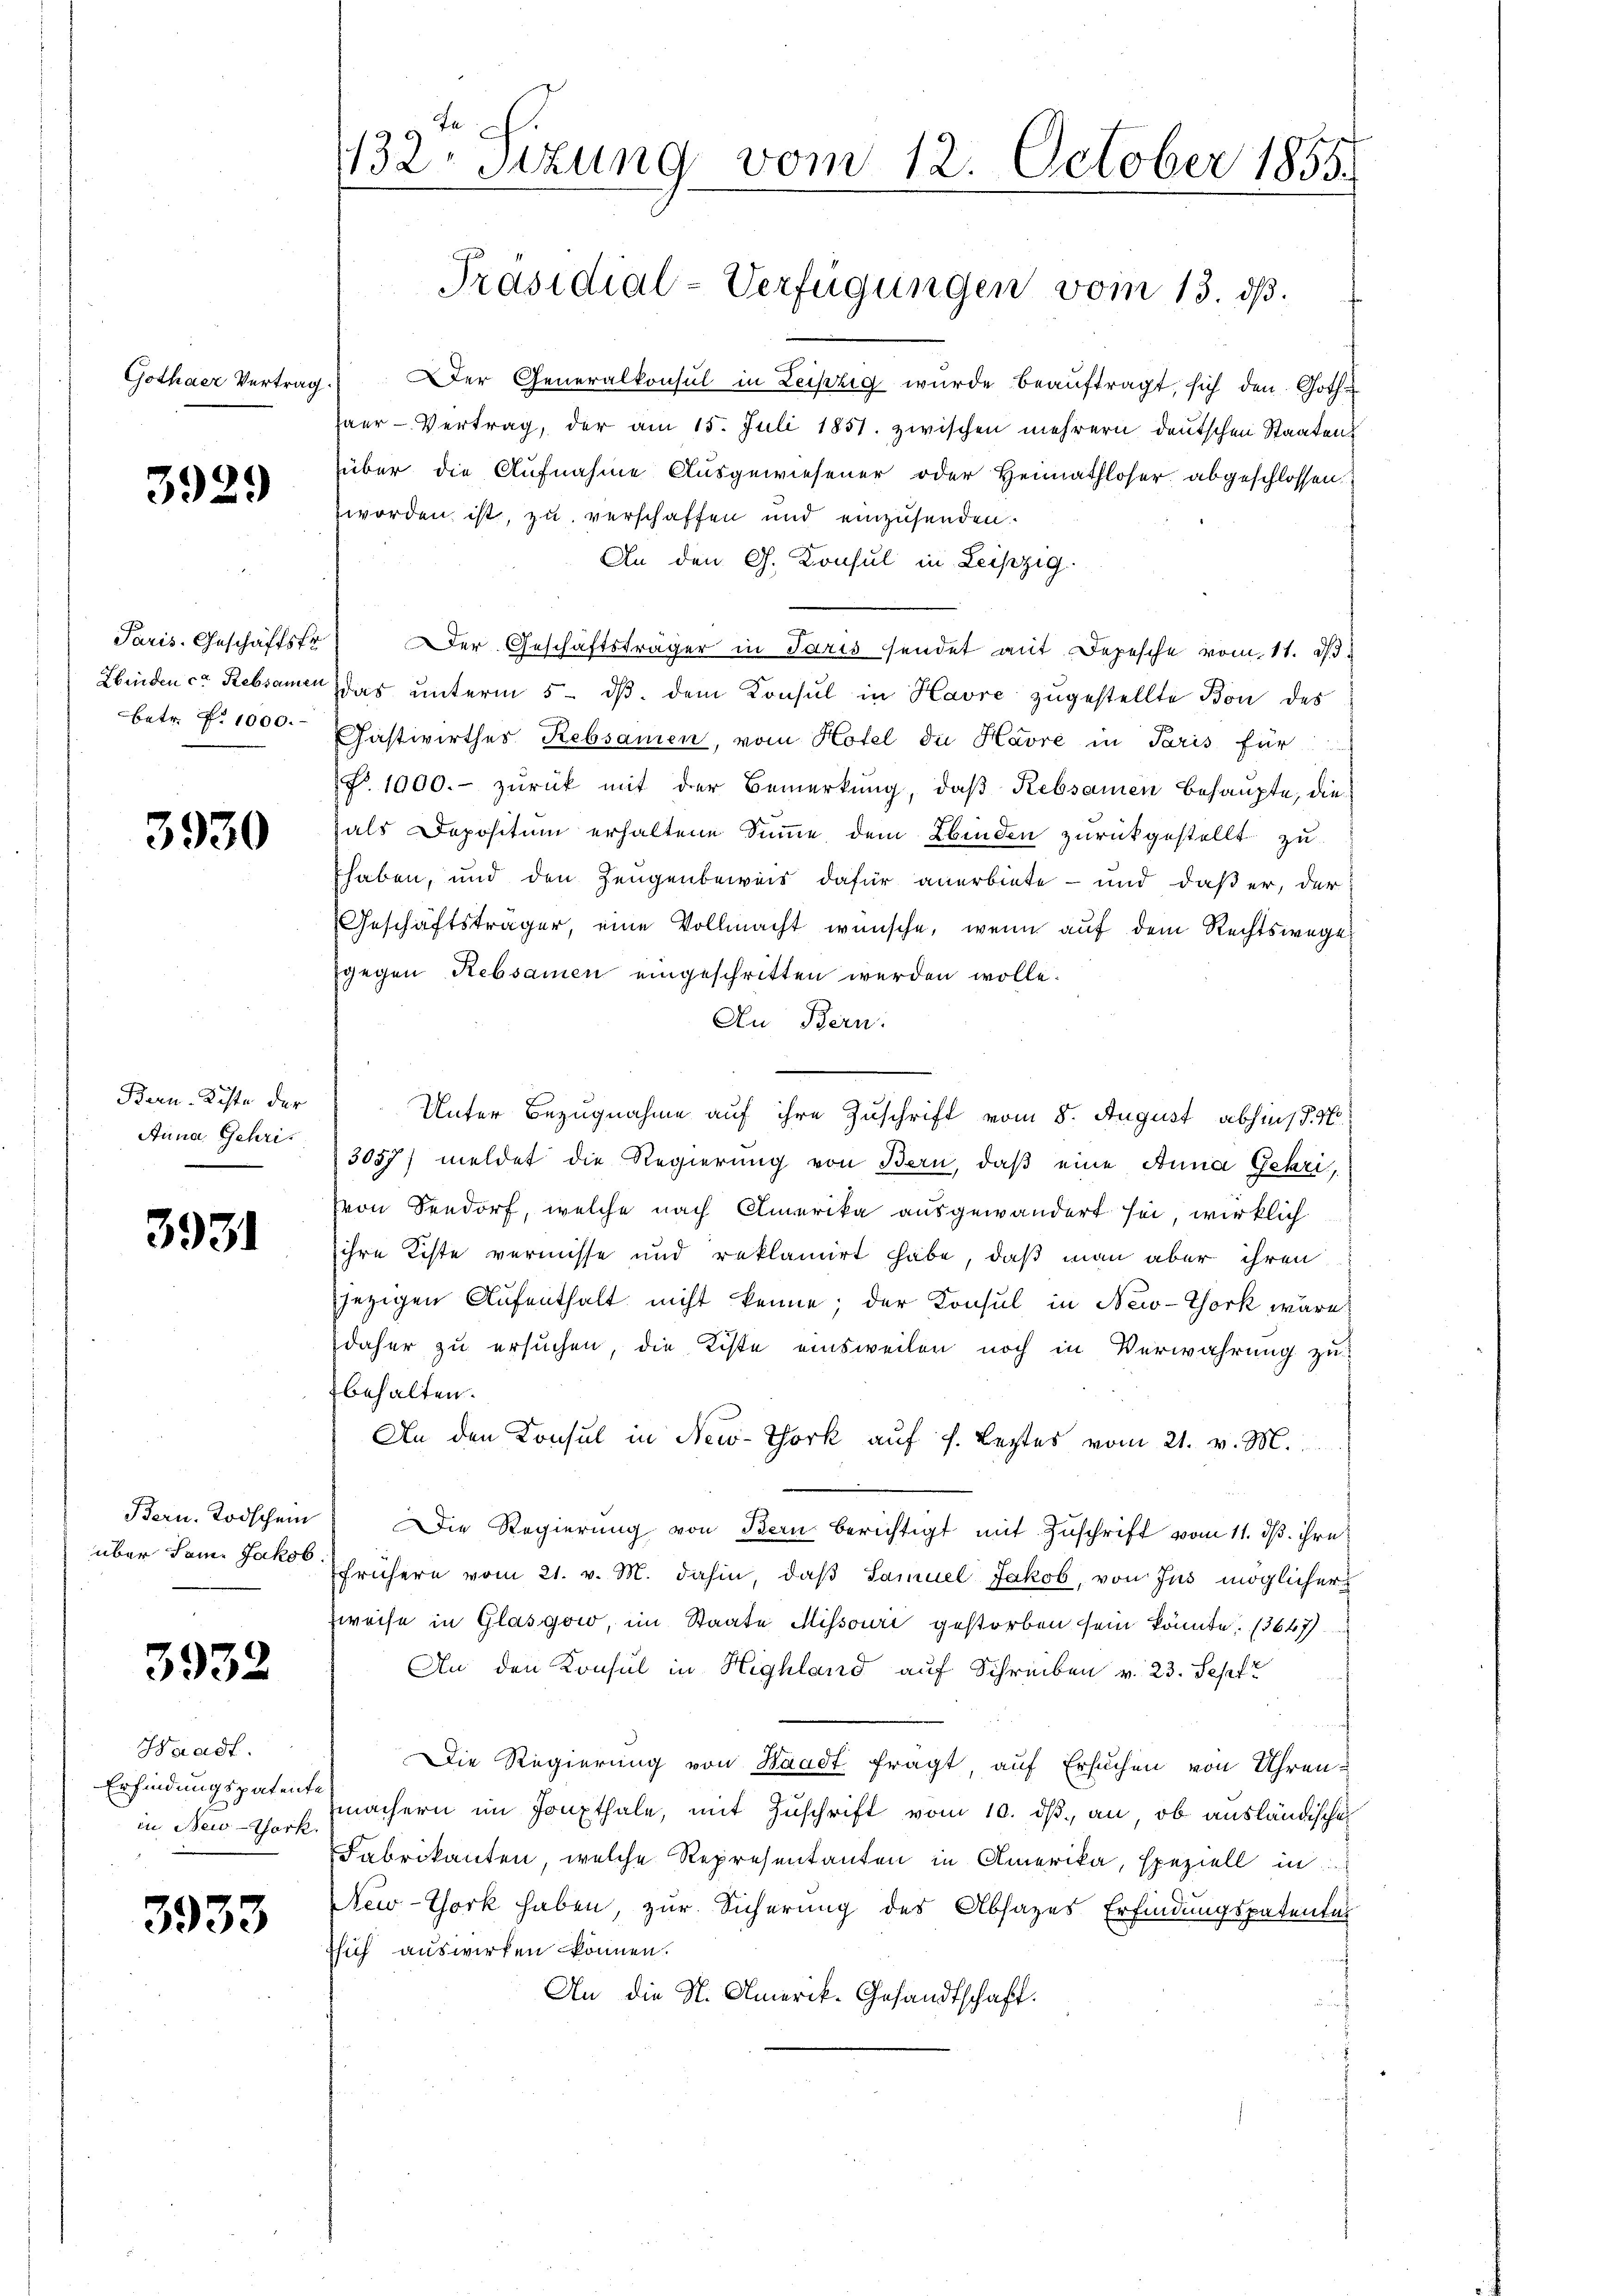
Gothaer Vertrag

3929

Hinden ca Rebsamen
betr. P. 1000.

3930

Bern-Kiste der
Anna Gehri¬

3931

Bern. Todschein
über Sam. Jakob.

3932

Hradt.
Erfindungspatente
in New-York.

3933

1132. Sizung vom 12. October 1855.

Der Generalkonsul in Leipzig wurde beauftragt, sich den Gothe
haer-Vertrag, der am 15. Juli 1851. zwischen mehrern deutschen Staaten
über die Aufnahme Ausgewiesener oder Heimathloser abgeschlossen.
worden ist, zu verschaffen und einzusenden.
An den G. Konsul in Leipzig.
Paris. Geschäftsfr. Der Geschäftsträger in Paris sendet mit Depesche vom 11. d.
das unterm 5. ds. dem Konsul in Havre zugestellte Bon des
Gastwirther Rebsamen, vom Hotel die Havre in Paris für
f. 1000.- zurück mit der Bemerkung, daß Rebsamen behaupte, die
hals Depositum erhaltene Summe dem binden zurückgestellt zu
haben, und den Zeugenbeweis dafür anerbiete - und daß er, der
Geschäftsträger, eine Vollmacht wünsche, wenn auf dem Rechtswege
gegen Rebsamen eingeschritten werden wolle.
Au Bern.
3057/ meldet die Regierung von Bern, daß eine Anna Gehrivon Seedorf, welche nach Amerika ausgewandert sei, wirklich
ihre Kiste vernisse und reklamirt habe, daß man aber ihren
jezigen Aufenthalt nicht kenne; der Konsul in New-York wäre
daher zu ersuchen, die Kiste einsweilen noch in Verwahrung zu
behalten.
An den Konsul in New-York auf s. Leztes vom 21. v. M.
Die Regierung von Bern berichtigt mit Zuschrift vom 11. ds. ihre
frühern vom 21. v. M. dahin, daß Samuel Jakob, von Jus möglicher
Zweise in Glasgow, im Staate Missouri gestorben sein könnte. 13647
An den Konsul in Highland auf Schreiben v. 23. Sept
Die Regierung von Waadt fragt auf Ersuchen von Uhren-
machern im Fonxthale, mit Zuschrift vom 10. ds. an, ob ausländische
Fabrikanten, welche Representanten in Amerika, speziell in
New-York haben, zur Sicherung des Absages Erfindungspatenten
sich auswirken können.
An die St. Amerik- Gesandtschaft.

Präsidial-Verfügungen vom 13. ds.

Unter Bezugnahme auf ihre Zuschrift vom 8. August abhin s. N